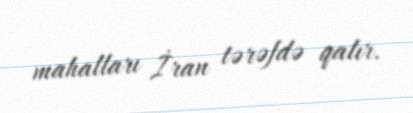
mahalları İran tərəfdə qalır.